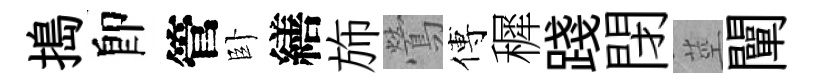
搗卽管卧繕斾鶯傅穉踐閉莖闡